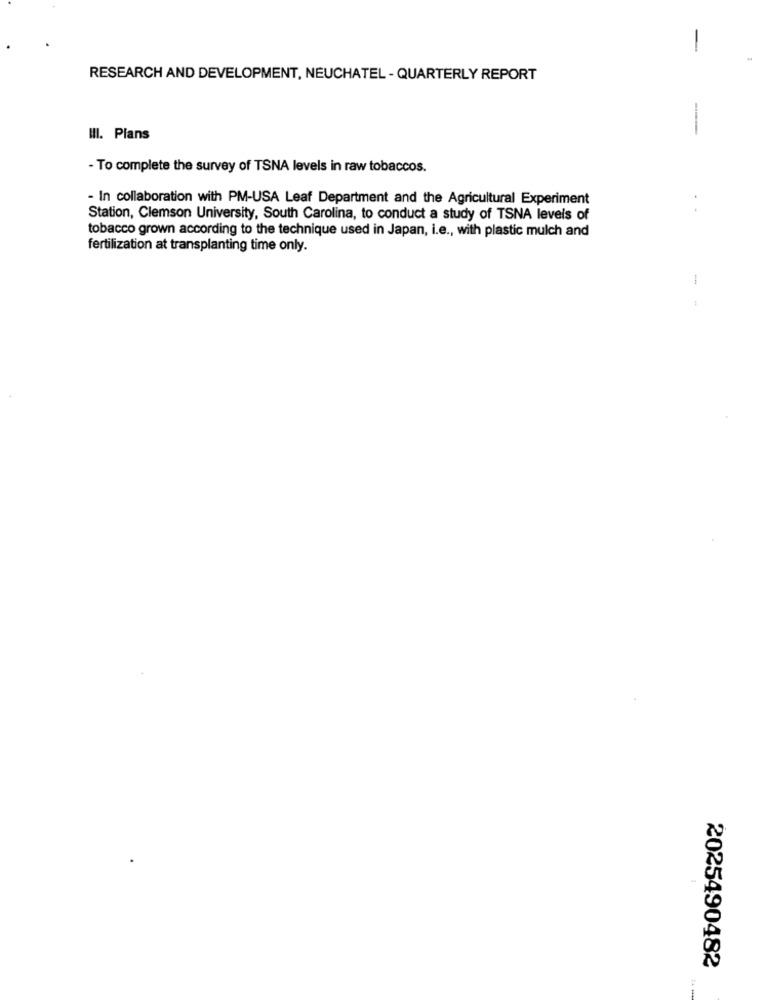
RESEARCH AND DEVELOPMENT, NEUCHATEL - QUARTERLY REPORT
-
III. Plans
- To complete the survey of TSNA levels in raw tobaccos.
- In collaboration with PM-USA Leaf Department and the Agricultural Experiment
Station, Clemson University, South Carolina, to conduct a study of TSNA levels of
tobacco grown according to the technique used in Japan, i.e ., with plastic mulch and
fertilization at transplanting time only.
1
2025490482